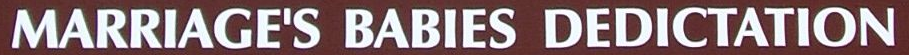
MARRIAGE'S BABIES DEDICTATION